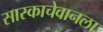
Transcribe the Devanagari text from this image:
सास्काचेवानला